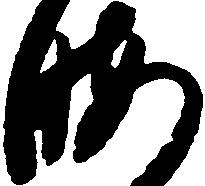
晦